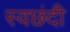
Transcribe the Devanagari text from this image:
स्वछंदी